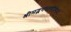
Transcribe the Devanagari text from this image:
श्रीमद्भगवतगीतेमध्ये